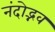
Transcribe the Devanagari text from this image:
नंदोद्भव